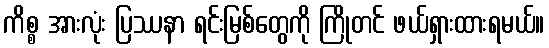
ကိစ္စ အားလုံး ပြဿနာ ရင်းမြစ်တွေကို ကြိုတင် ဖယ်ရှားထားရမယ်။